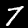
Digit: 7